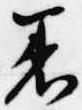
着